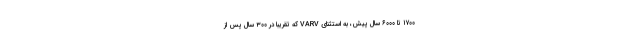
۱۷۰۰ تا ۶۰۰۰ سال پیش، به استثنای VARV که تقریباً در ۳۰۰ سال پس از